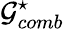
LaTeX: \mathcal{G}_{comb}^{\star}